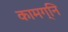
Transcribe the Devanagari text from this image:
कामग्नि